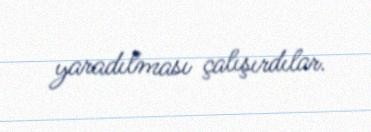
yaradılması çalışırdılar.